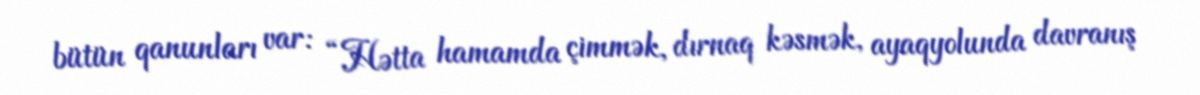
bütün qanunları var: “Hətta hamamda çimmək, dırnaq kəsmək, ayaqyolunda davranış